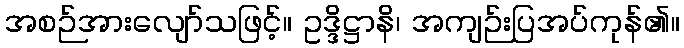
အစဉ်အားလျော်သဖြင့်။ ဥဒ္ဒိဋ္ဌာနိ၊ အကျဉ်းပြအပ်ကုန်၏။